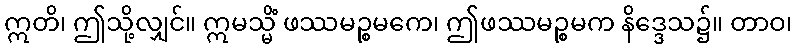
ဣတိ၊ ဤသို့လျှင်။ ဣမသ္မိံ ဖဿမဉ္စမကေ၊ ဤဖဿမဉ္စမက နိဒ္ဒေသ၌။ တာဝ၊